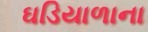
ઘડિયાળાના